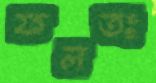
ফলতঃ